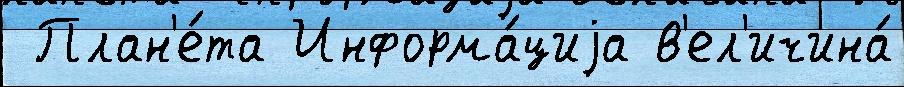
 План'е́та Информа́циjа в'ел'ичина́